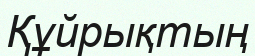
Құйрықтың